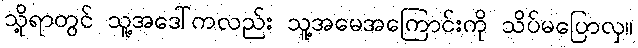
သို့ရာတွင် သူ့အဒေါ်ကလည်း သူ့အမေအကြောင်းကို သိပ်မပြောလှ။